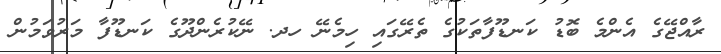
ރާއްޖޭގެ އެންމެ ބޮޑު ކަނޑޫފާތަކުގެ ތެރޭގައި ހިމެނޭ ހދ. ނޭކުރެންދޫގެ ކަނޑޫފާ މަރުވަމުން